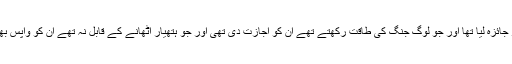
اسی مقام پر کہتے ہیں کہ ہم نے بھی اپنے اصحاب کی حاضری اور جائزہ لیا تھا اور جو لوگ جنگ کی طاقت رکھتے تھے ان کو اجازت دی تھی اور جو ہتھیار اٹھانے کے قابل نہ تھے ان کو واپس بھیج دیا تھا اور پھر ہم نے حُسَیْکَہ کے یہود کی طرف پیش قدمی تھی۔